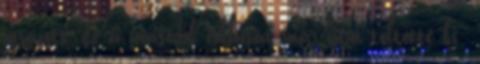
újrázott, de a második ciklusát már nem töltötte ki: